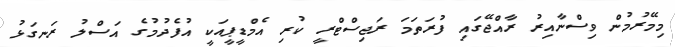
މިމޭރުމުން ވިސްނާއިރު ރާއްޖޭގައި ފުރަތަމަ ރަޖިސްޓްރީ ކުރި އެމްޑީޕީއަކީ އުފެދުމުގެ އަސްލު ރަނގަޅު